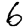
Digit: 6